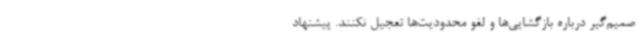
صمیم‌گیر درباره بازگشایی‌ها و لغو محدودیت‌ها تعجیل نکنند. پیشنهاد